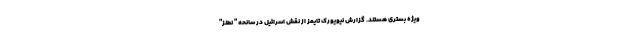
ویژه بستری هستند. گزارش نیویورک تایمز از نقش اسرائیل در سانحه " نطنز"